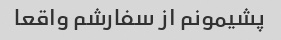
پشیمونم از سفارشم واقعا